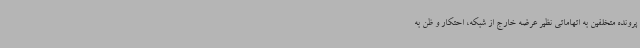
پرونده متخلفین به اتهاماتی نظیر عرضه خارج از شبکه، احتکار و ظن به